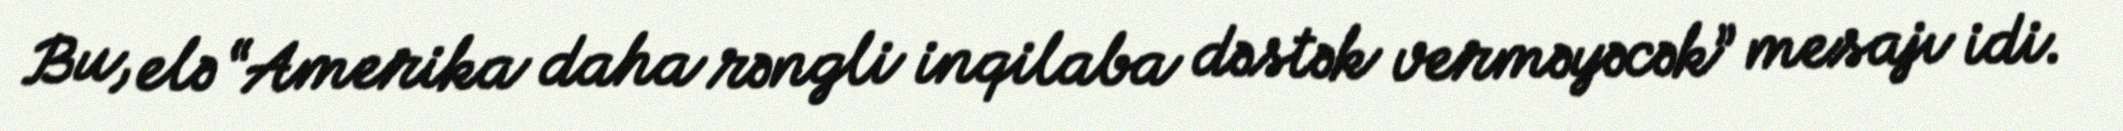
Bu, elə “Amerika daha rəngli inqilaba dəstək verməyəcək” mesajı idi.